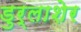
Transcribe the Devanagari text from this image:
डुर्लाशेर